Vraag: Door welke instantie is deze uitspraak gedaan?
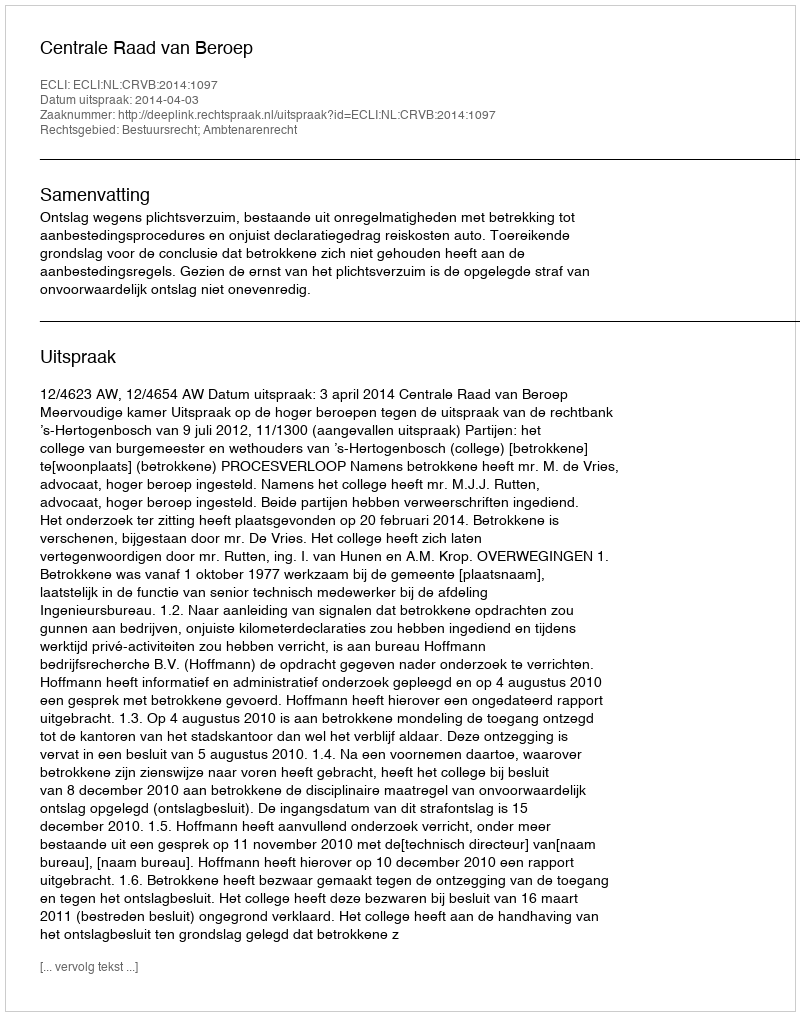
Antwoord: Centrale Raad van Beroep